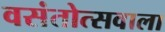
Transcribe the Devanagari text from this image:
वसंतोत्सवाला